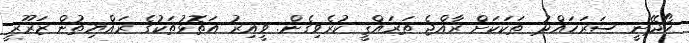
ހޯދޭނީ ސަރަހައްދު ތަކަކަށް ރާއްޖެ ތަރައްޤީ ކުރެވިގެން. ވީއިރު އަތޮޅުތަކުގެ ރައްޔިތުން ޒަރޫރީ